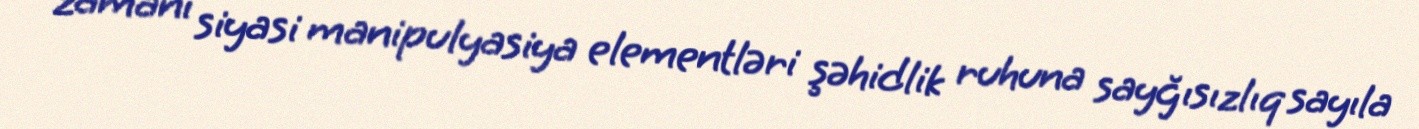
zamanı siyasi manipulyasiya elementləri şəhidlik ruhuna sayğısızlıq sayıla